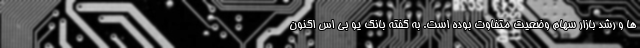
ها و رشد بازار سهام وضعیت متفاوت بوده است. به گفته بانک یو بی اس اکنون